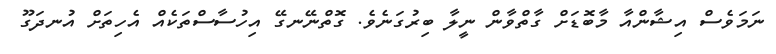
ނަމަވެސް އިޝާންއާ މާބޮޑަށް ގާތްވާން ނީލާ ބިރުގަނެވެ. ގޮތްނޭނގޭ އިހުސާސްތަކެއް އެހިތަށް އުނދަގޫ